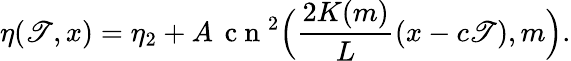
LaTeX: \eta(\mathscr{T},x)=\eta_{2}+A\, \mathrm{{~c~n~}}^{2}\Big(\frac{{2K(m)}}{{L}}(x-c\mathscr{T}),m\Big).